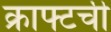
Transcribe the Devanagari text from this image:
क्राफ्टची